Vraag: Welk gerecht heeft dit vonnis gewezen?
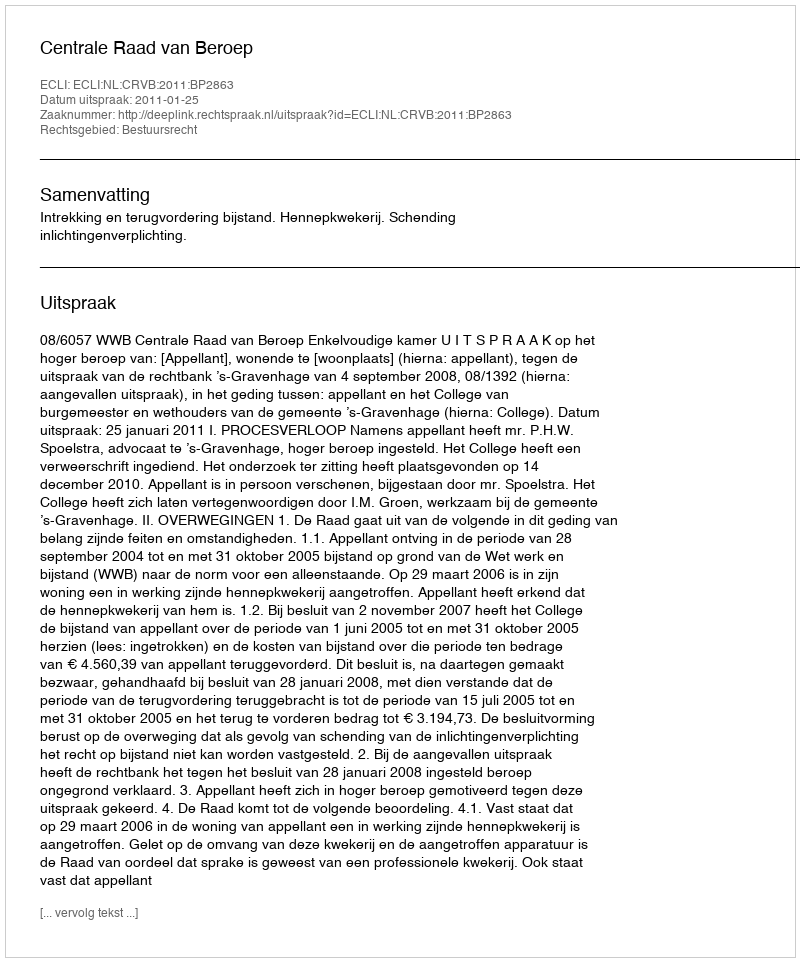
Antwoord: Centrale Raad van Beroep